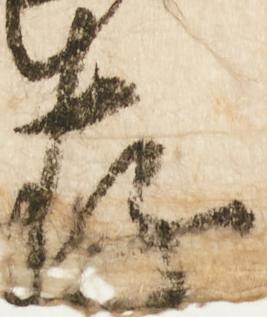
存